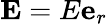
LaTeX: \mathbf{E}=E\mathbf{e}_{r}